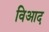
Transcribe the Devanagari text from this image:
विआद